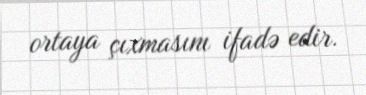
ortaya çıxmasını ifadə edir.